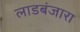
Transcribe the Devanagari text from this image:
लाडबंजारा